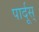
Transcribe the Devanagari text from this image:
पार्दूस्